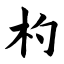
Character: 杓